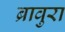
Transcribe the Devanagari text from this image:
ब्रावुरा